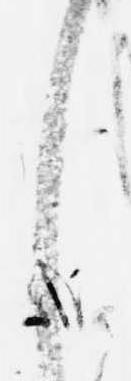
之